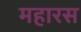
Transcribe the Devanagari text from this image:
महारस